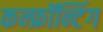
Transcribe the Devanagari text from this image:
कन्फ्रॉन्टिंग